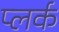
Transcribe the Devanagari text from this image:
प्लर्क